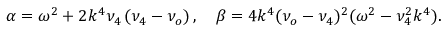
\alpha = \omega ^ { 2 } + 2 k ^ { 4 } \nu _ { 4 } \left( \nu _ { 4 } - \nu _ { o } \right) , \quad \beta = 4 k ^ { 4 } ( \nu _ { o } - \nu _ { 4 } ) ^ { 2 } ( \omega ^ { 2 } - \nu _ { 4 } ^ { 2 } k ^ { 4 } ) .